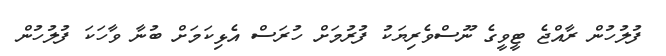
ފުލުހުން ރާއްޖެ ޓީވީގެ ނޫސްވެރިޔަކު ފުރުމަށް ހުރަސް އެޅިކަމަށް ބުނާ ވާހަކަ ފުލުހުން